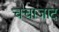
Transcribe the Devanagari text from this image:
चचाजाद